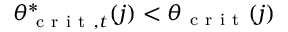
\theta _ { \mathrm { ~ c ~ r ~ i ~ t ~ } , t } ^ { * } ( j ) < \theta _ { \mathrm { ~ c ~ r ~ i ~ t ~ } } ( j )